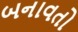
બનાવતો